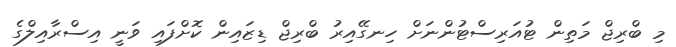
މި ބްރިޖް މަތިން ޓުއަރިސްޓުންނަށް ހިނގޭއިރު ބްރިޖް ޑިޒައިން ކޮށްފައި ވަނީ އިސްރާއިލްގެ